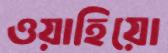
ওয়াহিয়ো